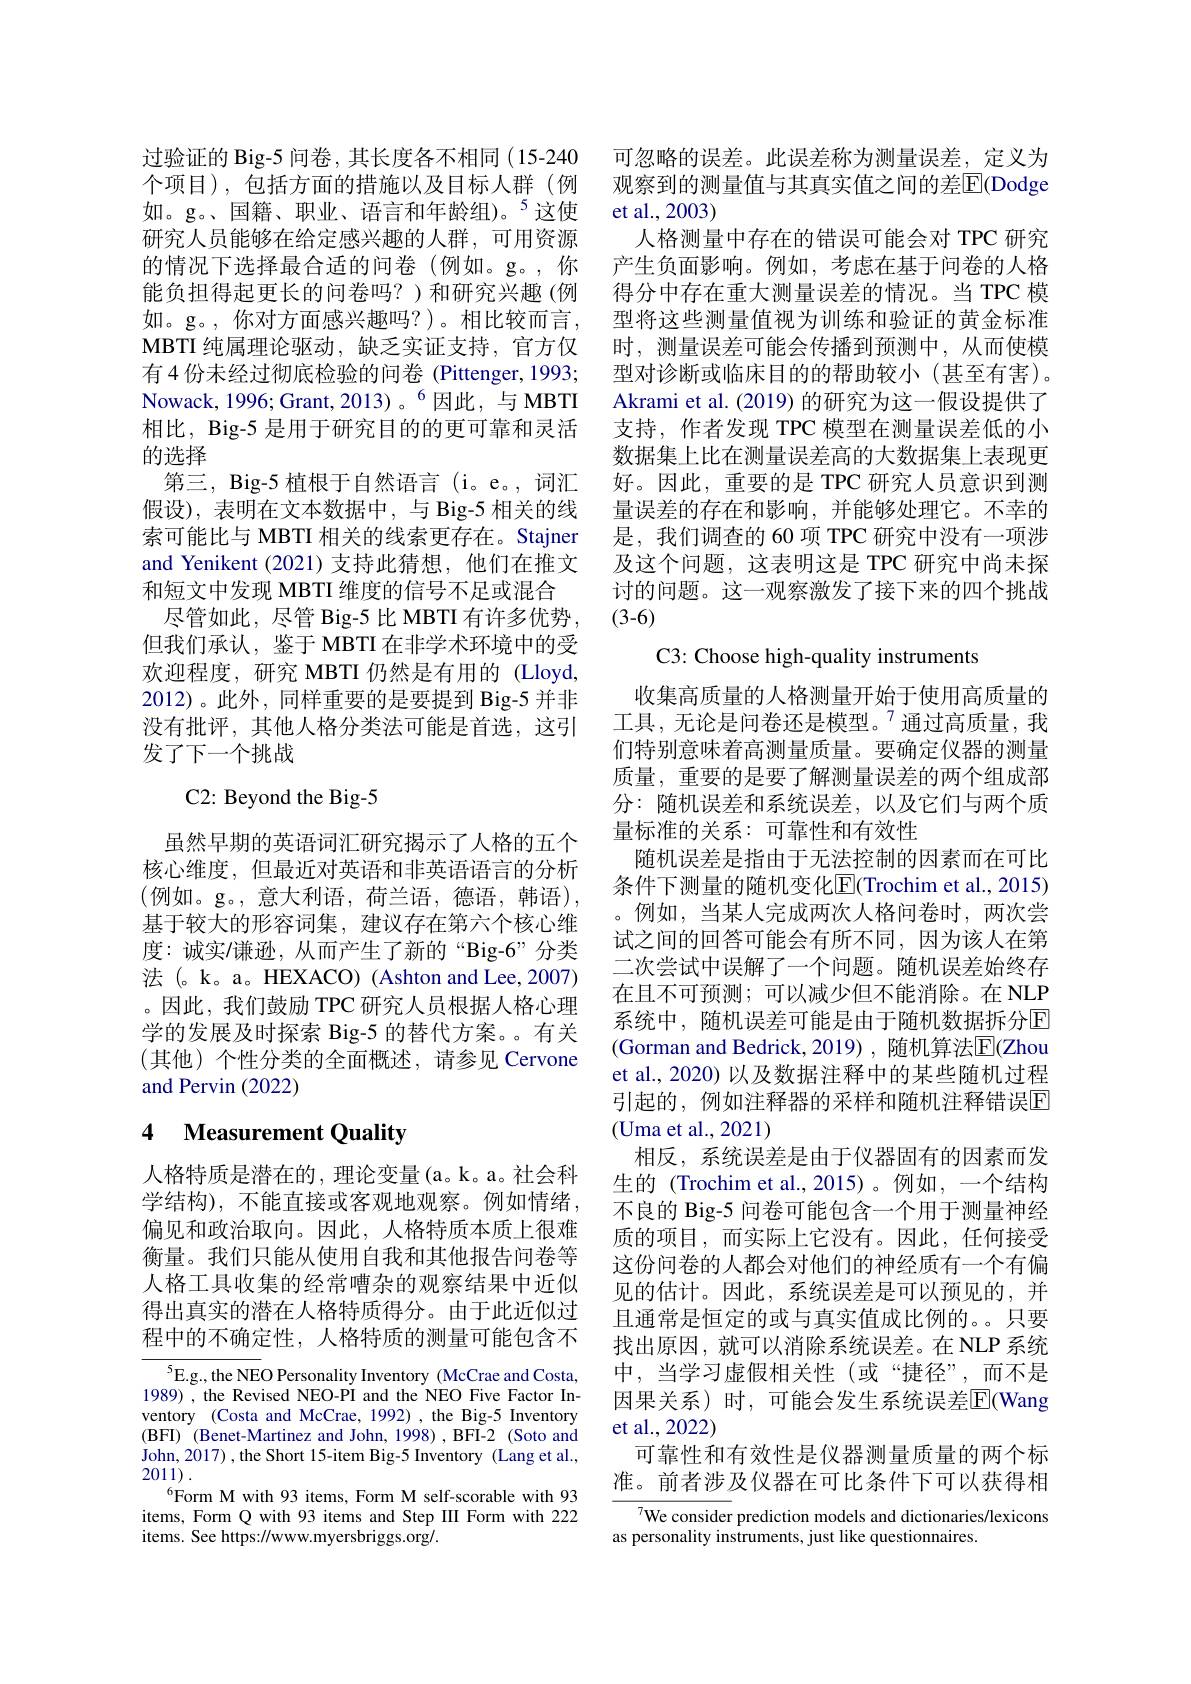
研究人员能够在给定感兴趣的人群，可用资源的情况下选择最合适的问卷(例如。g。,你能负担得起更长的问卷吗？)和研究兴趣(例如。g。, 你对方面感兴趣吗？)。相比较而言， MBTI 纯属理论驱动，缺乏实证支持，官方仅有 4 份未经过彻底检验的问卷 (Pittenger,1993; Nowack, 1996; Grant, 2013)。$^{6}$因此，与 MBTI 相比，Big-5 是用于研究目的的更可靠和灵活的选择
第三，Big-5 植根于自然语言(i。e。,词汇假设),表明在文本数据中，与 Big-5 相关的线索可能比与 MBTI 相关的线索更存在。Stajner and Yenikent (2021)支持此猜想，他们在推文和短文中发现 MBTI 维度的信号不足或混合
尽管如此，尽管 Big-5 比 MBTI 有许多优势但我们承认，鉴于 MBTI 在非学术环境中的受欢迎程度，研究 MBTI 仍然是有用的 (Lloyd, 2012)。此外，同样重要的是要提到 Big-5 并非没有批评，其他人格分类法可能是首选，这引发了下一个挑战
C2: Beyond the Big-5
虽然早期的英语词汇研究揭示了人格的五个核心维度，但最近对英语和非英语语言的分析(例如。g。,意大利语，荷兰语，德语，韩语), 基于较大的形容词集，建议存在第六个核心维度：诚实/谦逊，从而产生了新的“Big-6”分类法(。k。a。HEXACO) (Ashton and Lee, 2007) 。因此，我们鼓励 TPC 研究人员根据人格心理学的发展及时探索 Big-5 的替代方案。有关(其他)个性分类的全面概述，请参见 Cervone and Pervin (2022)

# 4 Measurement Quality

人格特质是潜在的，理论变量(a。k。a。社会科学结构), 不能直接或客观地观察。例如情绪， 偏见和政治取向。因此，人格特质本质上很难衡量。我们只能从使用自我和其他报告问卷等人格工具收集的经常嘈杂的观察结果中近似得出真实的潜在人格特质得分。由于此近似过程中的不确定性，人格特质的测量可能包含不

$^{5}$E.g., the NEO Personality Inventory (McCrae and Costa, 1989) , the Revised NEO-PI and the NEO Five Factor Inventory (Costa and McCrae, 1992) ,the Big-5 Inventory (BFI) (Benet-Martinez and John, 1998) , BFI-2 (Soto and John, 2017) , the Short 15-item Big-5 Inventory (Lang et al., 2011).
$^{6}$Form M with 93 items, Form M self-scorable with 93 items, Form Q with 93 items and Step III Form with 222 items. See https://www.myersbriggs.org/.

过验证的 Big-5 问卷，其长度各不相同 (15-240 可忽略的误差。此误差称为测量误差，定义为个项目),包括方面的措施以及目标人群(例 观察到的测量值与其真实值之间的差El(Dodge 如。g。、国籍、职业、语言和年龄组)。$^5$这使 et al.,2003)
人格测量中存在的错误可能会对 TPC 研究产生负面影响。例如，考虑在基于问卷的人格得分中存在重大测量误差的情况。当 TPC 模型将这些测量值视为训练和验证的黄金标准时，测量误差可能会传播到预测中，从而使模型对诊断或临床目的的帮助较小(甚至有害)。Akrami et al. (2019) 的研究为这一假设提供了支持，作者发现 TPC 模型在测量误差低的小数据集上比在测量误差高的大数据集上表现更好。因此，重要的是 TPC 研究人员意识到测量误差的存在和影响，并能够处理它。不幸的是，我们调查的 60 项 TPC 研究中没有一项涉及这个问题，这表明这是 TPC 研究中尚未探讨的问题。这一观察激发了接下来的四个挑战(3-6)

C3: Choose high-quality instruments

收集高质量的人格测量开始于使用高质量的工具，无论是问卷还是模型。$^{7}$通过高质量，我们特别意味着高测量质量。要确定仪器的测量质量，重要的是要了解测量误差的两个组成部分：随机误差和系统误差，以及它们与两个质量标准的关系：可靠性和有效性
随机误差是指由于无法控制的因素而在可比条件下测量的随机变化E|(Trochim et al., 2015) 。例如，当某人完成两次人格问卷时，两次尝试之间的回答可能会有所不同，因为该人在第二次尝试中误解了一个问题。随机误差始终存在且不可预测；可以减少但不能消除。在 NLP 系统中，随机误差可能是由于随机数据拆分$\overline{\mathrm{E}}$ (Gorman and Bedrick,2019),随机算法$\overline{\mathrm{E}}($Zhou et al., 2020) 以及数据注释中的某些随机过程引起的，例如注释器的采样和随机注释错误E (Uma et al. , 2021)
相反，系统误差是由于仪器固有的因素而发生的 (Trochim et al.,2015)。例如，一个结构不良的 Big-5 问卷可能包含一个用于测量神经质的项目，而实际上它没有。因此，任何接受这份问卷的人都会对他们的神经质有一个有偏见的估计。因此，系统误差是可以预见的，并且通常是恒定的或与真实值成比例的。。只要找出原因，就可以消除系统误差。在 NLP 系统中，当学习虚假相关性(或“捷径”,而不是因果关系)时，可能会发生系统误差$\overline{\mathrm{E}}$(Wang et al.,2022)
可靠性和有效性是仪器测量质量的两个标准。前者涉及仪器在可比条件下可以获得相
$^{7}$We consider prediction models and dictionaries/lexicons

as personality instruments, just like questionnaires.